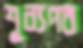
শূন্যপথ